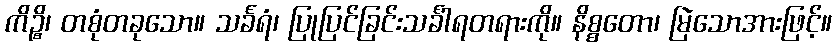
ကိဉ္စိ၊ တစုံတခုသော။ သင်္ခရံ၊ ပြုပြင်ခြင်းသင်္ခါရတရားကို။ နိစ္စတော၊ မြဲသောအားဖြင့်။